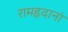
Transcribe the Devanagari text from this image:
रामहृदानां